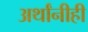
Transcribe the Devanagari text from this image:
अर्थांनीही